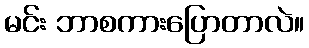
မင်း ဘာစကားပြောတာလဲ။